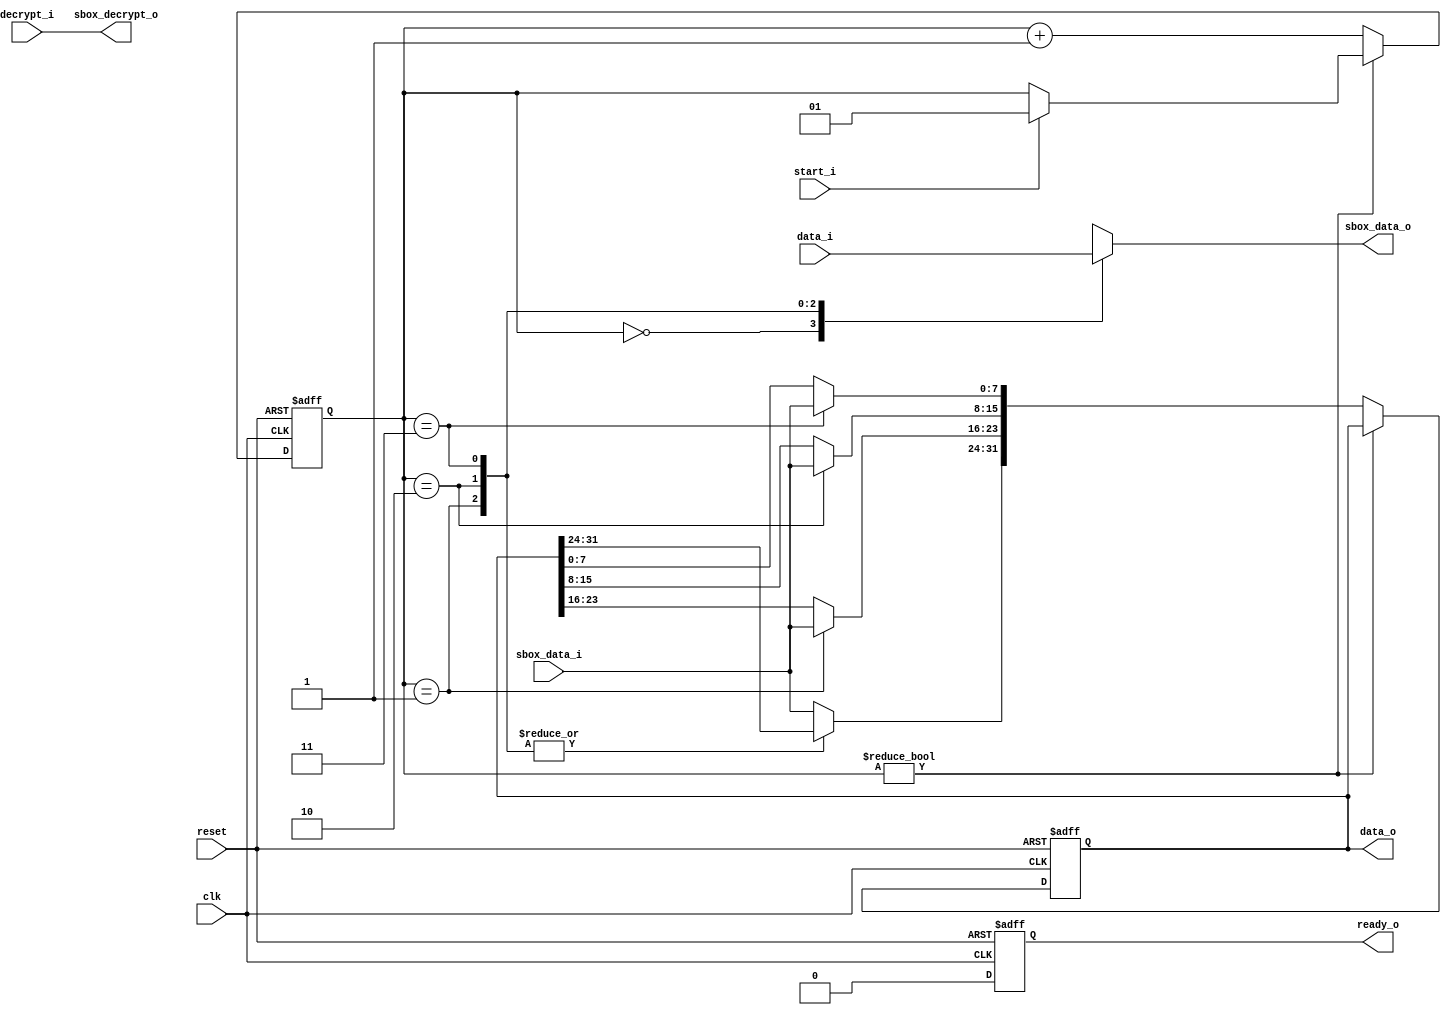

// test taken from systemcaes from iwls2005

module subbytes_00(clk, reset, start_i, decrypt_i, data_i, ready_o, data_o, sbox_data_o, sbox_data_i, sbox_decrypt_o);

input clk;
input reset;
input start_i;
input decrypt_i;
input [31:0] data_i;
output ready_o;
output [31:0] data_o;
output [7:0] sbox_data_o;
input [7:0] sbox_data_i;
output sbox_decrypt_o;

reg ready_o;
reg [31:0] data_o;
reg [7:0] sbox_data_o;
reg sbox_decrypt_o;

reg [1:0] state;
reg [1:0] next_state;
reg [31:0] data_reg;
reg [31:0] next_data_reg;
reg next_ready_o;

always @(posedge clk or negedge reset)
begin
	if (!reset) begin
		data_reg = 0;
		state = 0;
		ready_o = 0;
	end else begin
		data_reg = next_data_reg;
		state = next_state;
		ready_o = next_ready_o;
	end
end

reg [31:0] data_i_var, data_reg_128;
reg [7:0] data_array [3:0];
reg [7:0] data_reg_var [3:0];

always @(decrypt_i or start_i or state or data_i or sbox_data_i or data_reg)
begin
	data_i_var = data_i;

	data_array[0] = data_i_var[ 31: 24];
	data_array[1] = data_i_var[ 23: 16];
	data_array[2] = data_i_var[ 15:  8];
	data_array[3] = data_i_var[  7:  0];

	data_reg_var[0] = data_reg[ 31: 24];
	data_reg_var[1] = data_reg[ 23: 16];
	data_reg_var[2] = data_reg[ 15:  8];
	data_reg_var[3] = data_reg[  7:  0];

	sbox_decrypt_o = decrypt_i;
	sbox_data_o = data_array[state];
	next_state = state;
	next_data_reg = data_reg;

	next_ready_o = 0;
	data_o = data_reg;

	if (state) begin
		if (start_i) begin
			next_state = 1;
		end
	end else begin
		data_reg_var[state] = sbox_data_i;
		data_reg_128[ 31: 24] = data_reg_var[0];
		data_reg_128[ 23: 16] = data_reg_var[1];
		data_reg_128[ 15:  8] = data_reg_var[2];
		data_reg_128[  7:  0] = data_reg_var[3];
		next_data_reg = data_reg_128;
		next_state = state + 1;
	end
end

endmodule